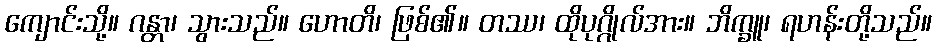
ကျောင်းသို့။ ဂန္တာ၊ သွားသည်။ ဟောတိ၊ ဖြစ်၏။ တဿ၊ ထိုပုဂ္ဂိုလ်အား။ ဘိက္ခူ၊ ရဟန်းတို့သည်။